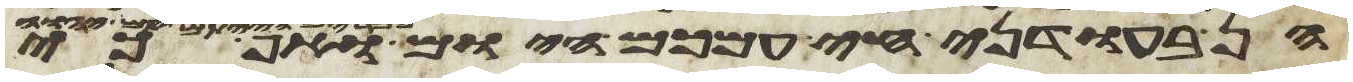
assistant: הן בעודני חי עמכם היום ממרים